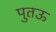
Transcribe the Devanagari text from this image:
पुतऊ